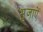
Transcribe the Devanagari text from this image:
भुजाऐं